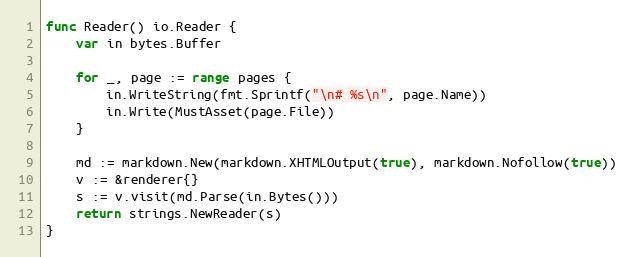
Language: Go
func Reader() io.Reader {
	var in bytes.Buffer

	for _, page := range pages {
		in.WriteString(fmt.Sprintf("\n# %s\n", page.Name))
		in.Write(MustAsset(page.File))
	}

	md := markdown.New(markdown.XHTMLOutput(true), markdown.Nofollow(true))
	v := &renderer{}
	s := v.visit(md.Parse(in.Bytes()))
	return strings.NewReader(s)
}